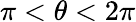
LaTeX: \pi<\theta<2\pi